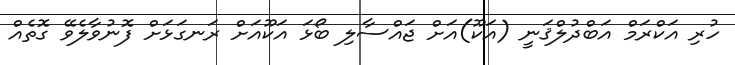
ހުރި އަކްރަމް އަބްދުލްޤަނީ (އަކޫ)އަށް ޖައްސާލި ބޯޅަ އަކޫއަށް ރަނގަޅަށް ފޮނުވާލެވޭ ގޮތެއް